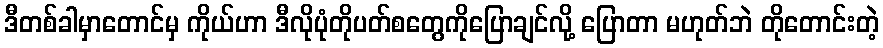
ဒီတစ်ခါမှာတောင်မှ ကိုယ်ဟာ ဒီလိုပုံတိုပတ်စတွေကိုပြောချင်လို့ ပြောတာ မဟုတ်ဘဲ တိုတောင်းတဲ့